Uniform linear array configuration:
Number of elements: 16
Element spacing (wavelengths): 1
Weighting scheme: hann
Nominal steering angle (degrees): -30
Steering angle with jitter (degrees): -30.342
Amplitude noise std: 0.05
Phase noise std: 0.05

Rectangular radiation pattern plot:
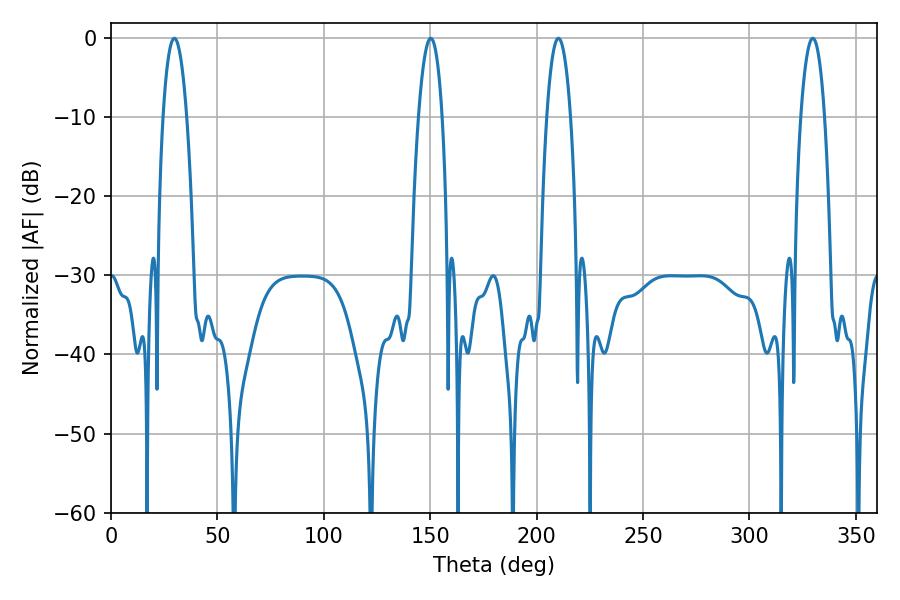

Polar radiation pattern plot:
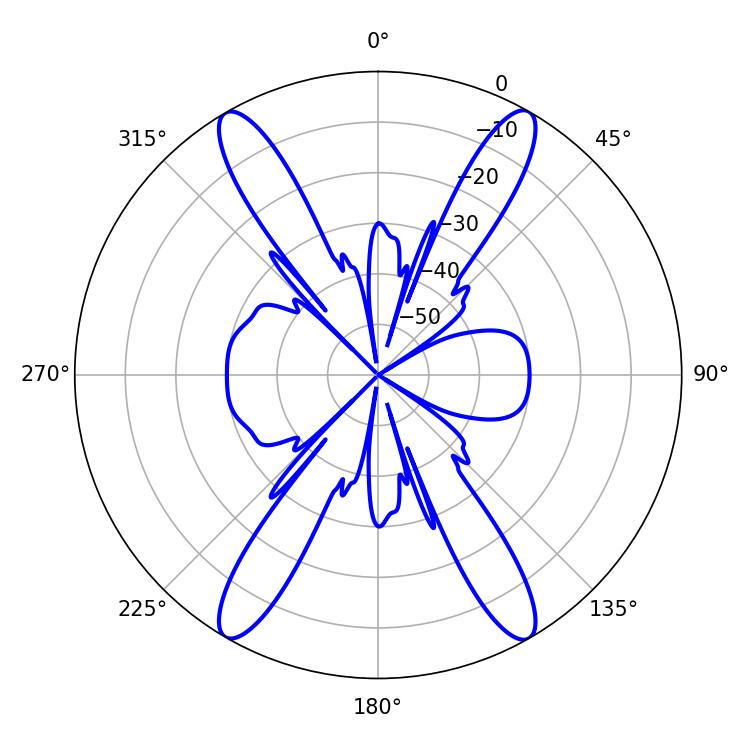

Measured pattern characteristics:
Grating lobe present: TRUE
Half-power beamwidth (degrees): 6.12
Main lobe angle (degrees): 210.24